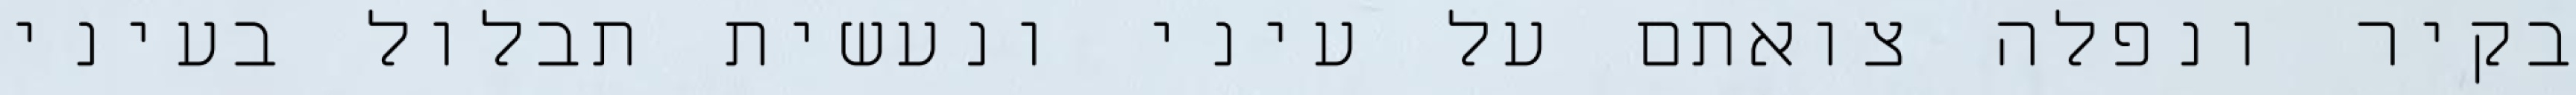
בקיר‏ ונפלה צואתם על עיני ונעשית תבלול בעיני